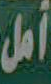
أمل